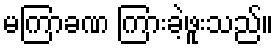
မကြာခဏ ကြားခဲ့ဖူးသည်။